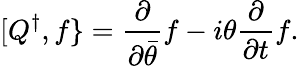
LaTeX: [Q^{\dagger},f\} ={\frac{\partial}{\partial{\bar{\theta}}}}f-i\theta{\frac{\partial}{\partial t}}f.